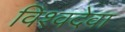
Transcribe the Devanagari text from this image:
विश्वदेवा